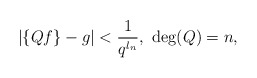
\begin{align*}\vert\{Qf\}-g\vert<\frac{1}{q^{l_n}}, \ \deg(Q) = n,\end{align*}